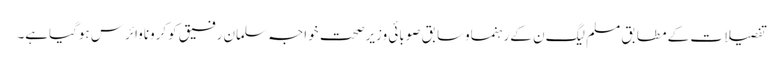
تفصیلات کے مطابق مسلم لیگ ن کےرہنماوسابق صوبائی وزیرصحت خواجہ سلمان رفیق کوکروناوائرس ہوگیاہے۔